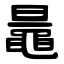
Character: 鼂